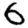
Digit: 6